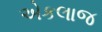
એકલાજ